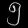
Digit: ၅